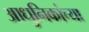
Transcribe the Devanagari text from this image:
आधुनिकांच्या